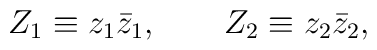
Z_1\equiv z_1\bar{z}_1,\qquad Z_2\equiv z_2\bar{z}_2,